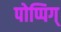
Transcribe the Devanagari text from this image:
पोप्पिग्